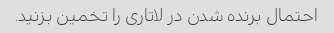
احتمال برنده شدن در لاتاری را تخمین بزنید.